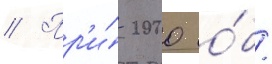
// Пр'и́ 2000 о́б/